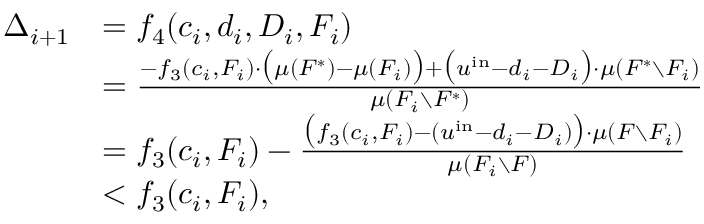
\begin{array} { r l } { \Delta _ { i + 1 } } & { = f _ { 4 } ( c _ { i } , d _ { i } , D _ { i } , F _ { i } ) } \\ { } & { = \frac { - f _ { 3 } ( c _ { i } , F _ { i } ) \cdot \big ( \mu ( F ^ { * } ) - \mu ( F _ { i } ) \big ) + \big ( u ^ { \mathrm { i n } } - d _ { i } - D _ { i } \big ) \cdot \mu ( F ^ { * } \setminus F _ { i } ) } { \mu ( F _ { i } \setminus F ^ { * } ) } } \\ { } & { = f _ { 3 } ( c _ { i } , F _ { i } ) - \frac { \big ( f _ { 3 } ( c _ { i } , F _ { i } ) - ( u ^ { \mathrm { i n } } - d _ { i } - D _ { i } ) \big ) \cdot \mu ( F \setminus F _ { i } ) } { \mu ( F _ { i } \setminus F ) } } \\ { } & { < f _ { 3 } ( c _ { i } , F _ { i } ) , } \end{array}